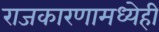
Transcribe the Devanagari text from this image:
राजकारणामध्येही